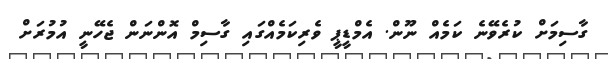
ގާސިމަށް ކުރެވޭނެ ކަމެއް ނޫން. އެމްޑީޕީ ވެރިކަމެއްގައި ގާސިމް އޮންނަން ޖެހޭނީ އުމުރަށް